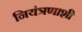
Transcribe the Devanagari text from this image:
नियंत्रणाशी